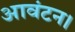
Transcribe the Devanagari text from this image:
आवंटन।